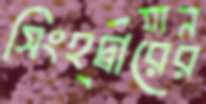
সিংহদ্বারের